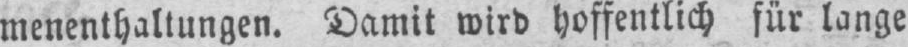
menenthaltungen. Damit wird hoffentlich für lange